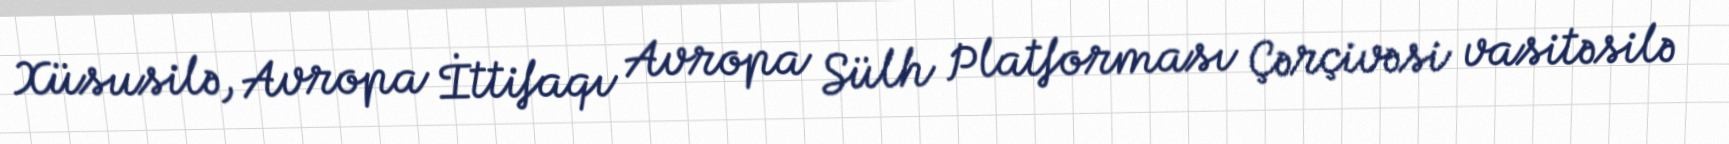
Xüsusilə, Avropa İttifaqı Avropa Sülh Platforması Çərçivəsi vasitəsilə